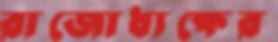
রাজোধ্যক্ষের